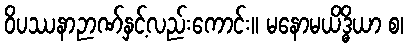
ဝိပဿနာဉာဏ်နှင့်လည်းကောင်း။ မနောမယိဒ္ဓိယာ စ၊